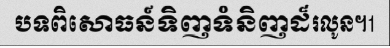
បទពិសោធន៍ទិញទំនិញដ៏រលូន។1